画像に写った文字を読んでください
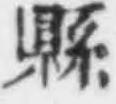
「縣」と書いてあります